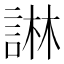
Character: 諃